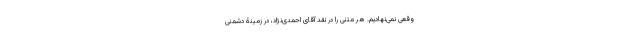
وقعی نمی‌نهادیم. هر متنی را در نقد آقای احمدی‌نژاد، در زمینۀ دشمنی